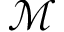
\mathcal { M }